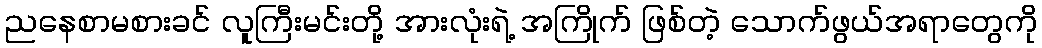
ညနေစာမစားခင် လူကြီးမင်းတို့ အားလုံးရဲ့ အကြိုက် ဖြစ်တဲ့ သောက်ဖွယ်အရာတွေကို